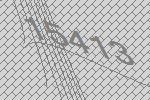
15413